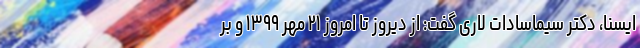
ایسنا، دکتر سیماسادات لاری گفت: از دیروز تا امروز ۲۱ مهر ۱۳۹۹ و بر